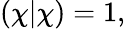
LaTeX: (\chi|\chi)=1,